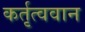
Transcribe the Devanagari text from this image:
कर्तृत्‍ववान